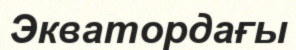
Экватордағы